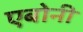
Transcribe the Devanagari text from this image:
एबोनी